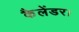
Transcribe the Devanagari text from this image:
कैलेंडर।